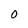
Character: 0